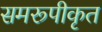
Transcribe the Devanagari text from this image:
समरूपीकृत